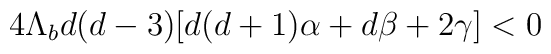
4\Lambda_b d(d-3)\big[d(d+1)\alpha + d \beta + 2 \gamma \big] < 0